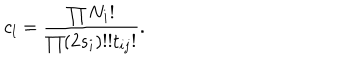
c _ { l } = \frac { \prod N _ { i } ! } { \prod ( 2 s _ { i } ) ! ! t _ { i j } ! } .